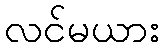
လင်မယား